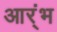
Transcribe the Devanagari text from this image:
आर्ंभ